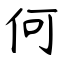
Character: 何